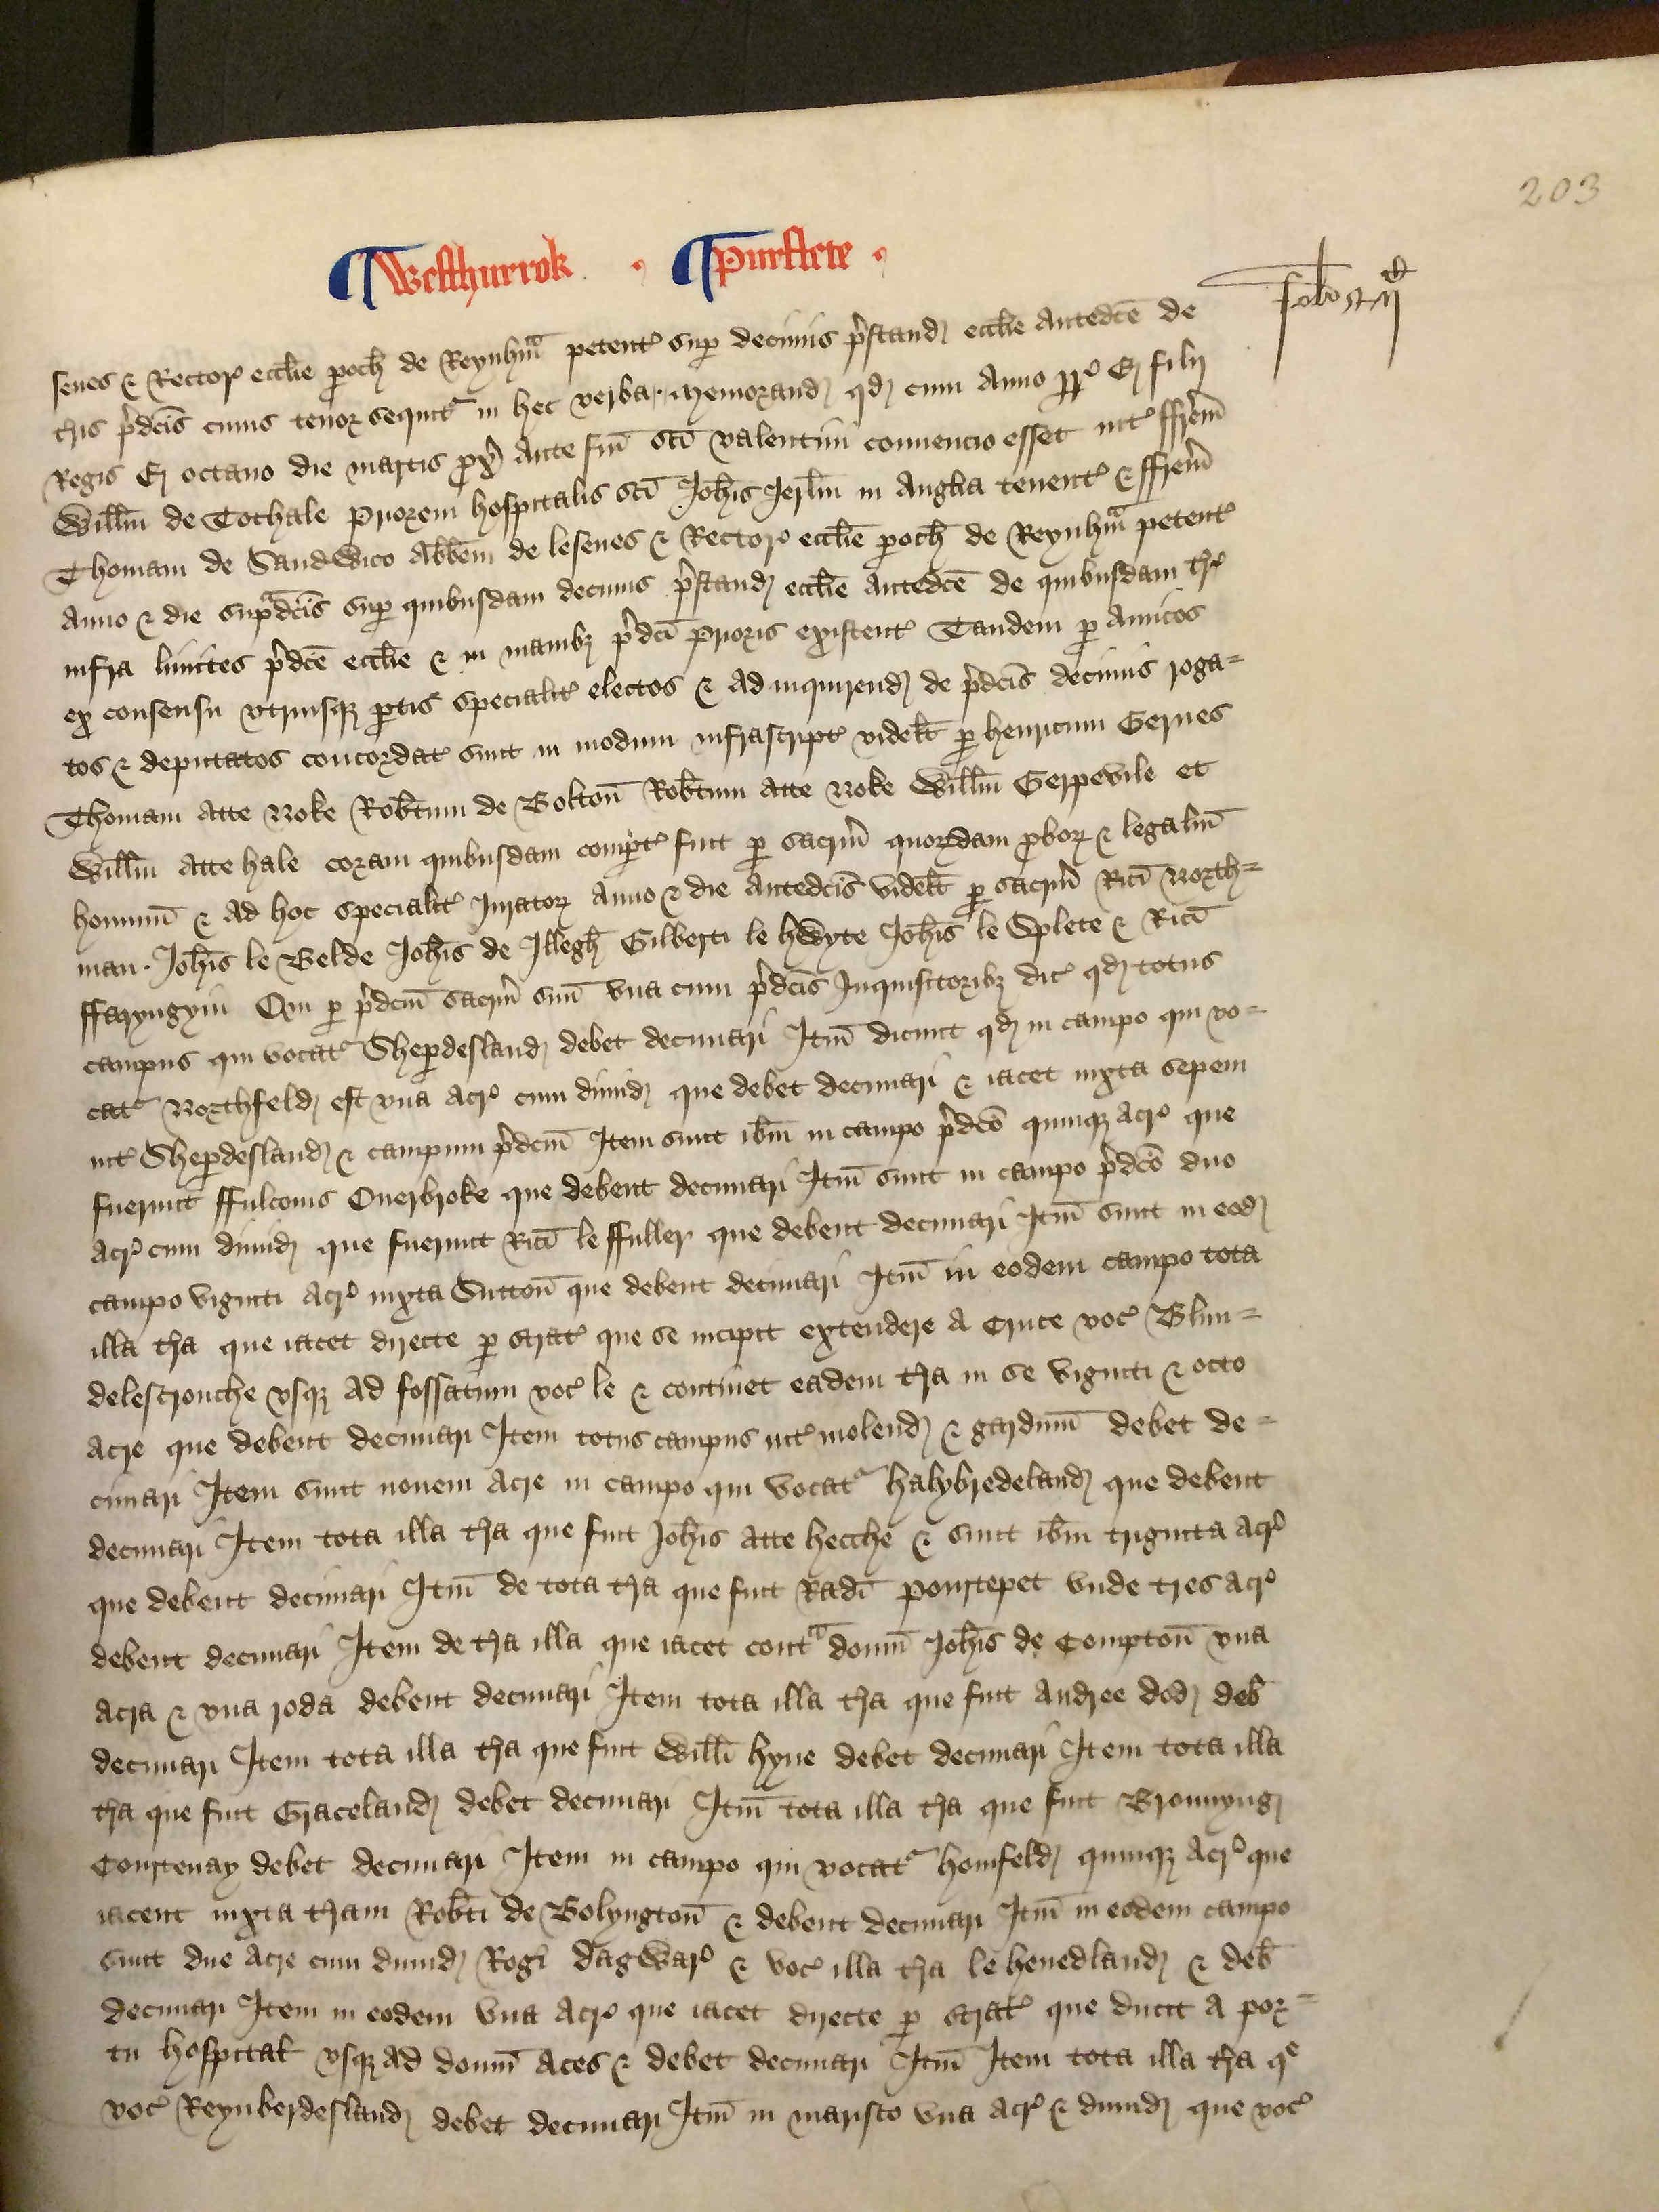
Shelfmark: London, British Library, Nero E VI
Century: 15